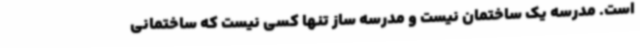
است. مدرسه یک ساختمان نیست و مدرسه ساز تنها کسی نیست که ساختمانی